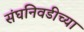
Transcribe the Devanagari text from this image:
संघनिवडीच्या